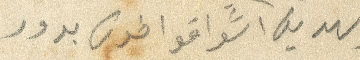
يهديه ااشواقًا فوق بدور